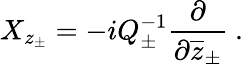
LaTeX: X_{z_{\pm}}=-iQ_{\pm}^{-1}\displaystyle\frac{\partial}{\partial\overline{{{z}}}_{\pm}}~.